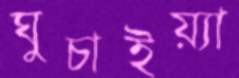
ঘুচাইয়্যা